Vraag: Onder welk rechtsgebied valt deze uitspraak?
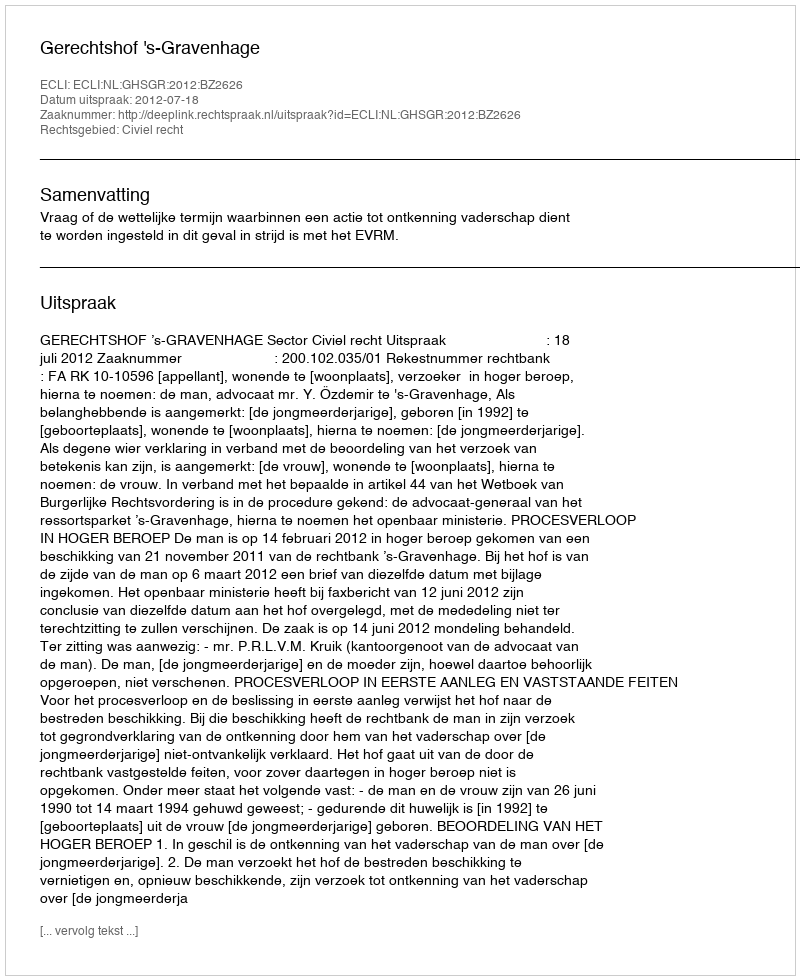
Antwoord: Civiel recht